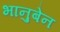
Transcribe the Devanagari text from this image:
भानुबेन